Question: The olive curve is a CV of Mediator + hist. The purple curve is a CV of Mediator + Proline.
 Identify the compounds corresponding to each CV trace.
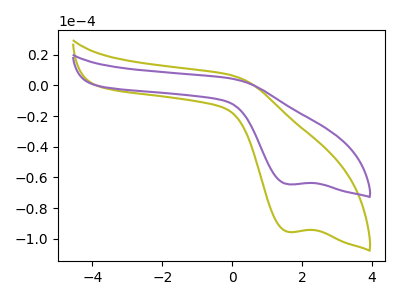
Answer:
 <answer>The olive curve is labeled "Mediator + hist". The purple curve is labeled "Mediator + Proline".</answer>
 <eval></eval>